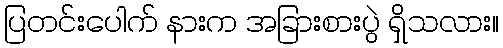
ပြတင်းပေါက် နားက အခြားစားပွဲ ရှိသလား။